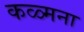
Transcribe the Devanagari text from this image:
कळ्मना